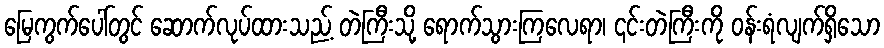
မြေကွက်ပေါ်တွင် ဆောက်လုပ်ထားသည့် တဲကြီးသို့ ရောက်သွားကြလေရာ၊ ၎င်းတဲကြီးကို ဝန်းရံလျက်ရှိသော